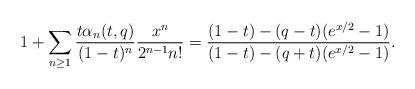
LaTeX: \begin{align*} 1+\sum_{n\geq 1}\frac{t\alpha_n(t,q)}{(1-t)^n}\frac{x^n}{2^{n-1}n!} = \frac{(1-t) - (q-t)(e^{x/2}-1)}{(1-t) - (q+t)(e^{x/2}-1)}. \end{align*}